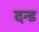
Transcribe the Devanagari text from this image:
दन्ड